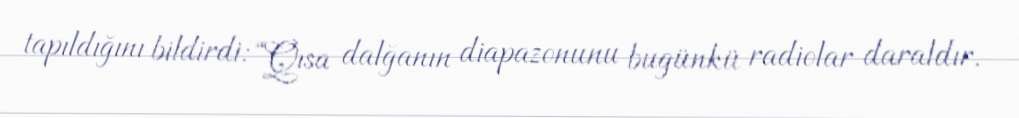
tapıldığını bildirdi: “Qısa dalğanın diapazonunu bugünkü radiolar daraldır.